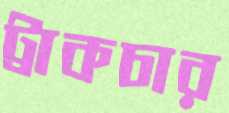
ট্রাকচার